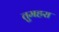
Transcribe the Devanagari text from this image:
तुमहरा